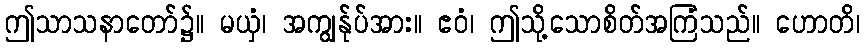
ဤသာသနာတော်၌။ မယှံ၊ အကျွန်ုပ်အား။ ဧဝံ၊ ဤသို့သောစိတ်အကြံသည်။ ဟောတိ၊